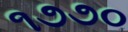
૧૭૭૦